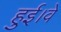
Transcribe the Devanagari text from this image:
हुई।वे